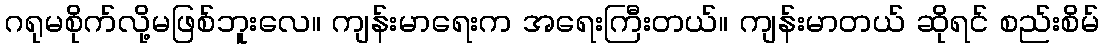
ဂရုမစိုက်လို့မဖြစ်ဘူးလေ။ ကျန်းမာရေးက အရေးကြီးတယ်။ ကျန်းမာတယ် ဆိုရင် စည်းစိမ်